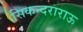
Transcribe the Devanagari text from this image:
सिकन्‍दराराऊ